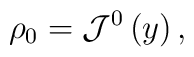
\mathrm{\rho }_{0}=\mathcal{J}^{0}\left( y\right) ,